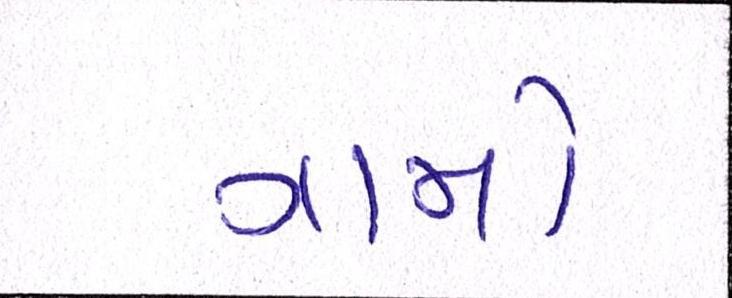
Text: ગામો